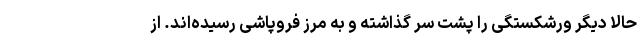
حالا دیگر ورشکستگی را پشت سر گذاشته‌ و به مرز فروپاشی رسیده‌اند. از